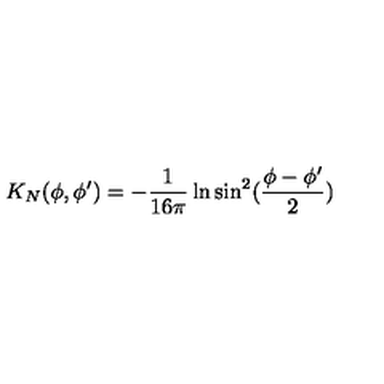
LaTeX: K _ { N } ( \phi , \phi ^ { \prime } ) = - { \frac { 1 } { 1 6 \pi } } \ln \sin ^ { 2 } ( { \frac { \phi - \phi ^ { \prime } } { 2 } } )